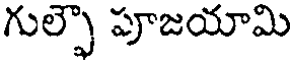
గుల్ఫౌ పూజయామి